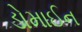
ડોમાઈન